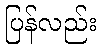
ပြန်လည်း